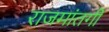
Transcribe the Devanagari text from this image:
राजमांतगी